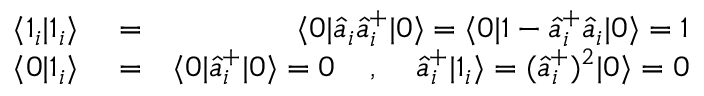
\begin{array} { r l r } { \langle 1 _ { i } | 1 _ { i } \rangle } & { { } = } & { \langle 0 | \hat { a } _ { i } \hat { a } _ { i } ^ { + } | 0 \rangle = \langle 0 | 1 - \hat { a } _ { i } ^ { + } \hat { a } _ { i } | 0 \rangle = 1 } \\ { \langle 0 | 1 _ { i } \rangle } & { { } = } & { \langle 0 | \hat { a } _ { i } ^ { + } | 0 \rangle = 0 \; \; \; \; , \; \; \; \; \hat { a } _ { i } ^ { + } | 1 _ { i } \rangle = ( \hat { a } _ { i } ^ { + } ) ^ { 2 } | 0 \rangle = 0 } \end{array}